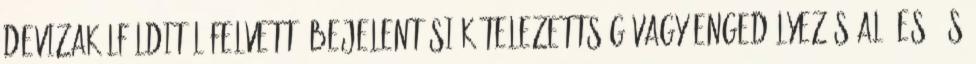
devizakülfölditől felvett, bejelentési kötelezettség vagy engedélyezés alá eső és